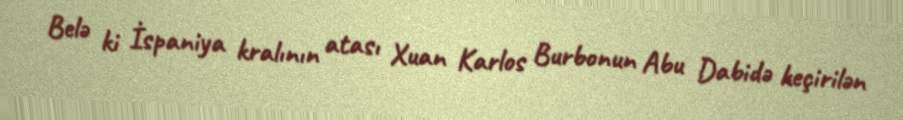
Belə ki İspaniya kralının atası Xuan Karlos Burbonun Abu Dabidə keçirilən